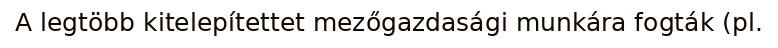
A legtöbb kitelepítettet mezőgazdasági munkára fogták (pl.